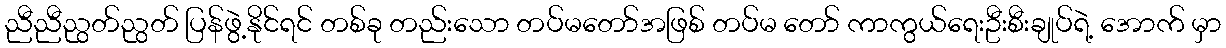
ညီညီညွတ်ညွတ် ပြန်ဖွဲ့နိုင်ရင် တစ်ခု တည်းသော တပ်မတော်အဖြစ် တပ်မ တော် ကာကွယ်ရေးဦးစီးချုပ်ရဲ့ အောက် မှာ